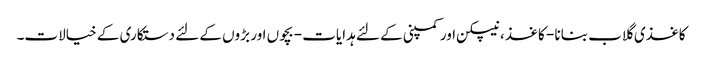
کاغذی گلاب بنانا - کاغذ ، نیپکن اور کمپنی کے لئے ہدایات - بچوں اور بڑوں کے لئے دستکاری کے خیالات۔